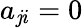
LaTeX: a_{\mathit{j}i}=0